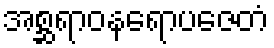
အစ္ဆရာဝနရောပဇေတံ